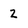
Character: 2